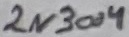
Text: 2N3004